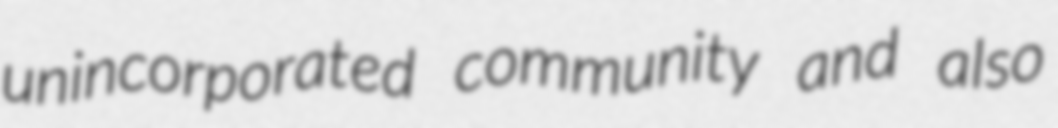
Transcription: unincorporated community and also